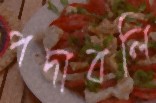
পদাবলি